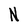
Character: N